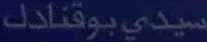
سيدي-بوقنادك